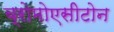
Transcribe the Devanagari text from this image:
ब्रोमोएसीटोन